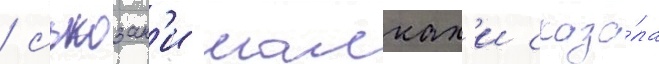
/ сьюзан'и малках'и сказа́ла